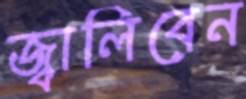
জ্বালিবেন